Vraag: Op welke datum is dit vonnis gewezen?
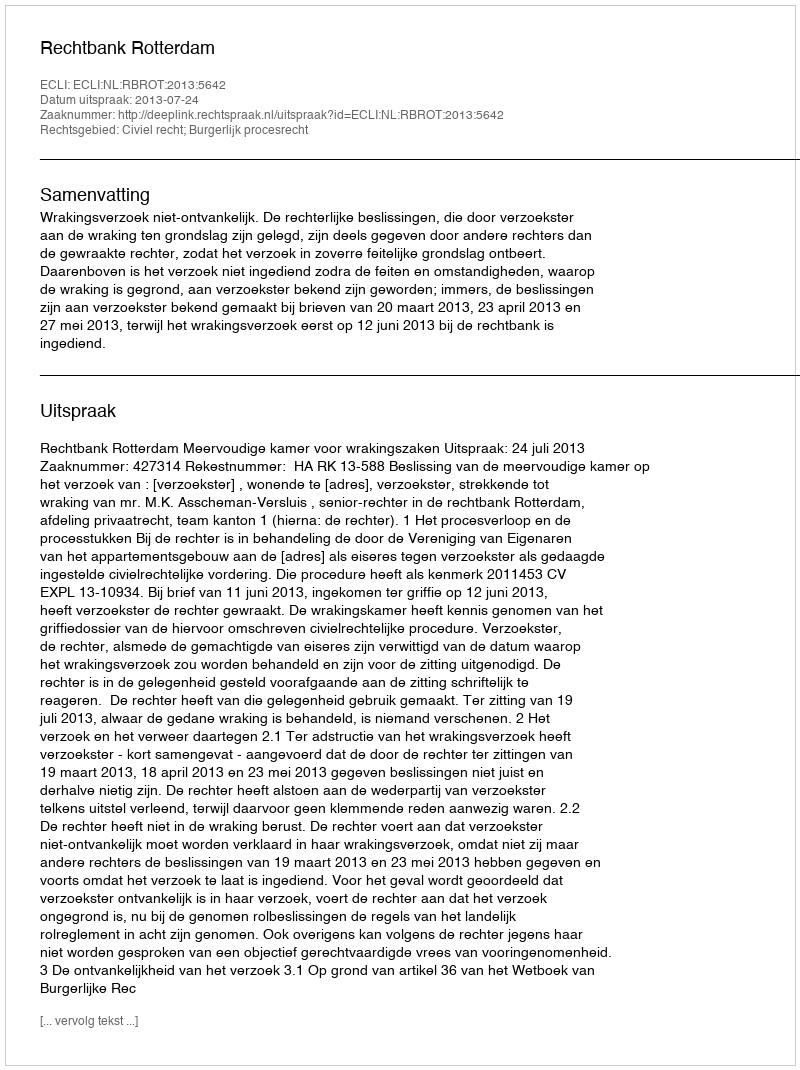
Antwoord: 2013-07-24